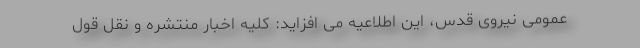
عمومی نیروی قدس، این اطلاعیه می افزاید: کلیه اخبار منتشره و نقل قول